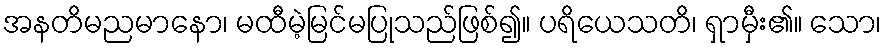
အနတိမညမာနော၊ မထီမဲ့မြင်မပြုသည်ဖြစ်၍။ ပရိယေသတိ၊ ရှာမှီး၏။ သော၊